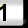
Digit: 1